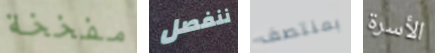
مفخخة ننفصل بمنتصف الأسرة